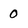
Character: 0